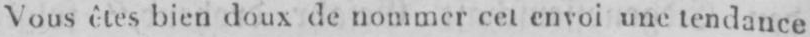
Vous êtes bien doux de nommer cet envoi une tendance